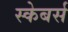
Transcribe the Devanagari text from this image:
स्केबर्स